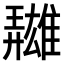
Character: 𩀳